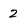
Character: 2